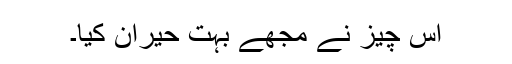
اس چیز نے مجھے بہت حیران کیا۔